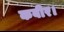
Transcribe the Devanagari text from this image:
कबीर।